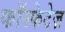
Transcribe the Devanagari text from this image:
फॉस्फेटेज़